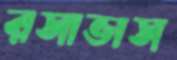
রসাভাস